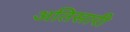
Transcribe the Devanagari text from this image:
अतिसारी